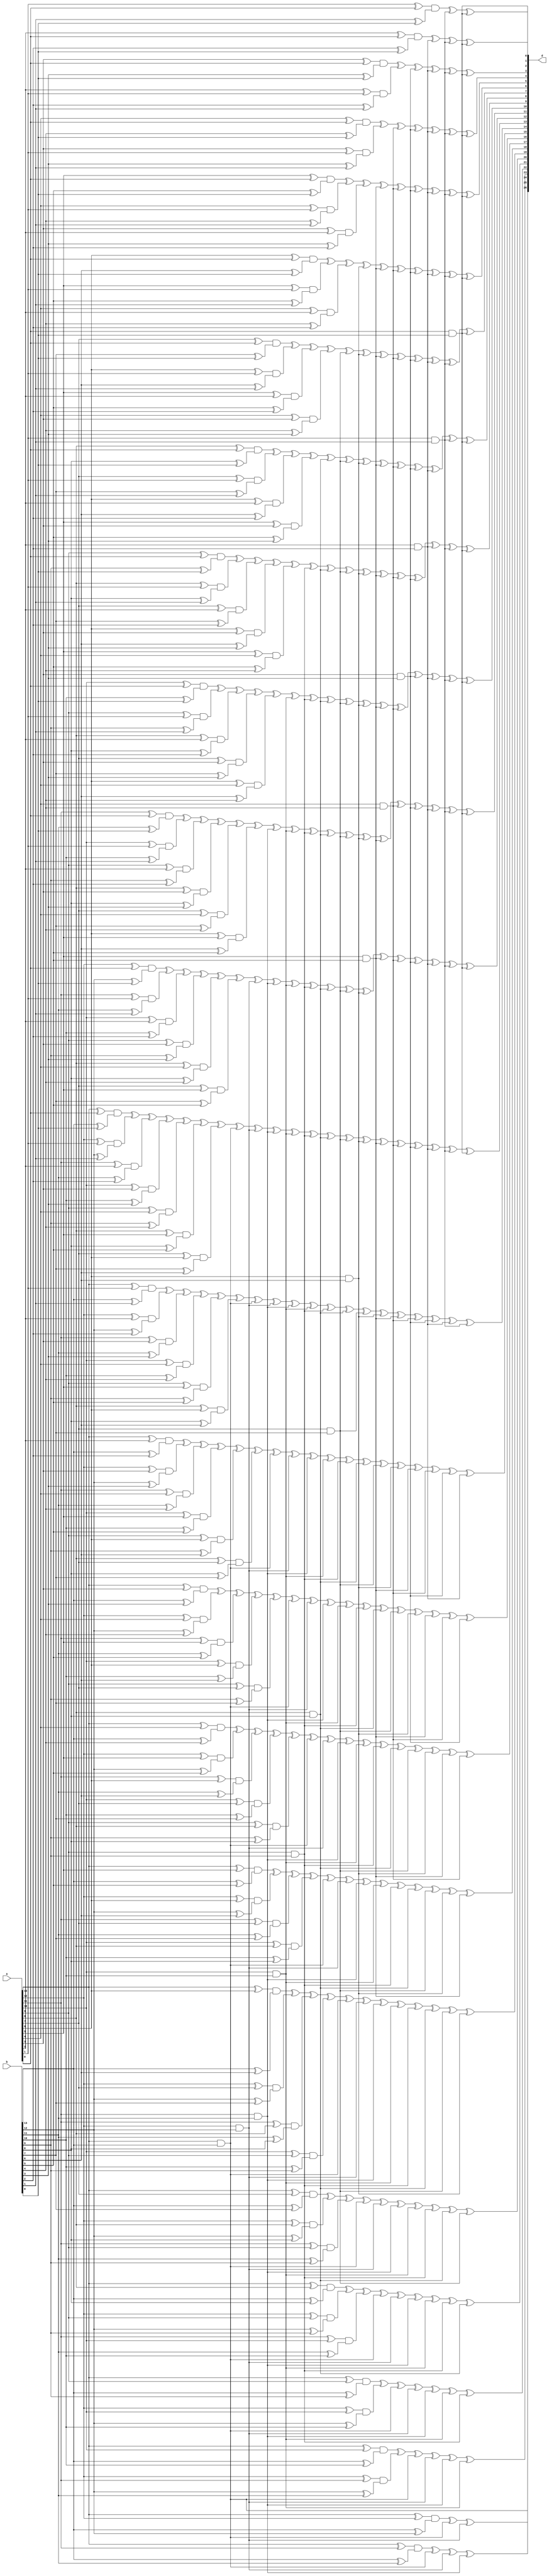
/*******************************************************
* Module Name   : Karatsuba Multiplier
* Institute     : Indian Institute of Technology, Madras
* Creation Time : 

* Comment       : Automatically generated from general.c
********************************************************/
`ifndef __KS_14_V__
`define __KS_14_V__

module ks14(a, b, d);

input wire [0:13] a;
input wire [0:13] b;
output wire [0:26] d;

wire m0, m1, m2, m3, m4, m5, m6, m7, m8, m9, m10, m11, m12, m13;
wire m0_1, m0_2, m0_3, m0_4, m0_5, m0_6, m0_7, m0_8, m0_9, m0_10, m0_11, m0_12, m0_13;
wire m1_2, m1_3, m1_4, m1_5, m1_6, m1_7, m1_8, m1_9, m1_10, m1_11, m1_12, m1_13;
wire m2_3, m2_4, m2_5, m2_6, m2_7, m2_8, m2_9, m2_10, m2_11, m2_12, m2_13;
wire m3_4, m3_5, m3_6, m3_7, m3_8, m3_9, m3_10, m3_11, m3_12, m3_13;
wire m4_5, m4_6, m4_7, m4_8, m4_9, m4_10, m4_11, m4_12, m4_13;
wire m5_6, m5_7, m5_8, m5_9, m5_10, m5_11, m5_12, m5_13;
wire m6_7, m6_8, m6_9, m6_10, m6_11, m6_12, m6_13;
wire m7_8, m7_9, m7_10, m7_11, m7_12, m7_13;
wire m8_9, m8_10, m8_11, m8_12, m8_13;
wire m9_10, m9_11, m9_12, m9_13;
wire m10_11, m10_12, m10_13;
wire m11_12, m11_13;
wire m12_13;
assign m0 = a[0] & b[0];
assign m1 = a[1] & b[1];
assign m2 = a[2] & b[2];
assign m3 = a[3] & b[3];
assign m4 = a[4] & b[4];
assign m5 = a[5] & b[5];
assign m6 = a[6] & b[6];
assign m7 = a[7] & b[7];
assign m8 = a[8] & b[8];
assign m9 = a[9] & b[9];
assign m10 = a[10] & b[10];
assign m11 = a[11] & b[11];
assign m12 = a[12] & b[12];
assign m13 = a[13] & b[13];
assign m0_1 = (a[0] ^ a[1]) & (b[0] ^ b[1]);
assign m0_2 = (a[0] ^ a[2]) & (b[0] ^ b[2]);
assign m0_3 = (a[0] ^ a[3]) & (b[0] ^ b[3]);
assign m0_4 = (a[0] ^ a[4]) & (b[0] ^ b[4]);
assign m0_5 = (a[0] ^ a[5]) & (b[0] ^ b[5]);
assign m0_6 = (a[0] ^ a[6]) & (b[0] ^ b[6]);
assign m0_7 = (a[0] ^ a[7]) & (b[0] ^ b[7]);
assign m0_8 = (a[0] ^ a[8]) & (b[0] ^ b[8]);
assign m0_9 = (a[0] ^ a[9]) & (b[0] ^ b[9]);
assign m0_10 = (a[0] ^ a[10]) & (b[0] ^ b[10]);
assign m0_11 = (a[0] ^ a[11]) & (b[0] ^ b[11]);
assign m0_12 = (a[0] ^ a[12]) & (b[0] ^ b[12]);
assign m0_13 = (a[0] ^ a[13]) & (b[0] ^ b[13]);
assign m1_2 = (a[1] ^ a[2]) & (b[1] ^ b[2]);
assign m1_3 = (a[1] ^ a[3]) & (b[1] ^ b[3]);
assign m1_4 = (a[1] ^ a[4]) & (b[1] ^ b[4]);
assign m1_5 = (a[1] ^ a[5]) & (b[1] ^ b[5]);
assign m1_6 = (a[1] ^ a[6]) & (b[1] ^ b[6]);
assign m1_7 = (a[1] ^ a[7]) & (b[1] ^ b[7]);
assign m1_8 = (a[1] ^ a[8]) & (b[1] ^ b[8]);
assign m1_9 = (a[1] ^ a[9]) & (b[1] ^ b[9]);
assign m1_10 = (a[1] ^ a[10]) & (b[1] ^ b[10]);
assign m1_11 = (a[1] ^ a[11]) & (b[1] ^ b[11]);
assign m1_12 = (a[1] ^ a[12]) & (b[1] ^ b[12]);
assign m1_13 = (a[1] ^ a[13]) & (b[1] ^ b[13]);
assign m2_3 = (a[2] ^ a[3]) & (b[2] ^ b[3]);
assign m2_4 = (a[2] ^ a[4]) & (b[2] ^ b[4]);
assign m2_5 = (a[2] ^ a[5]) & (b[2] ^ b[5]);
assign m2_6 = (a[2] ^ a[6]) & (b[2] ^ b[6]);
assign m2_7 = (a[2] ^ a[7]) & (b[2] ^ b[7]);
assign m2_8 = (a[2] ^ a[8]) & (b[2] ^ b[8]);
assign m2_9 = (a[2] ^ a[9]) & (b[2] ^ b[9]);
assign m2_10 = (a[2] ^ a[10]) & (b[2] ^ b[10]);
assign m2_11 = (a[2] ^ a[11]) & (b[2] ^ b[11]);
assign m2_12 = (a[2] ^ a[12]) & (b[2] ^ b[12]);
assign m2_13 = (a[2] ^ a[13]) & (b[2] ^ b[13]);
assign m3_4 = (a[3] ^ a[4]) & (b[3] ^ b[4]);
assign m3_5 = (a[3] ^ a[5]) & (b[3] ^ b[5]);
assign m3_6 = (a[3] ^ a[6]) & (b[3] ^ b[6]);
assign m3_7 = (a[3] ^ a[7]) & (b[3] ^ b[7]);
assign m3_8 = (a[3] ^ a[8]) & (b[3] ^ b[8]);
assign m3_9 = (a[3] ^ a[9]) & (b[3] ^ b[9]);
assign m3_10 = (a[3] ^ a[10]) & (b[3] ^ b[10]);
assign m3_11 = (a[3] ^ a[11]) & (b[3] ^ b[11]);
assign m3_12 = (a[3] ^ a[12]) & (b[3] ^ b[12]);
assign m3_13 = (a[3] ^ a[13]) & (b[3] ^ b[13]);
assign m4_5 = (a[4] ^ a[5]) & (b[4] ^ b[5]);
assign m4_6 = (a[4] ^ a[6]) & (b[4] ^ b[6]);
assign m4_7 = (a[4] ^ a[7]) & (b[4] ^ b[7]);
assign m4_8 = (a[4] ^ a[8]) & (b[4] ^ b[8]);
assign m4_9 = (a[4] ^ a[9]) & (b[4] ^ b[9]);
assign m4_10 = (a[4] ^ a[10]) & (b[4] ^ b[10]);
assign m4_11 = (a[4] ^ a[11]) & (b[4] ^ b[11]);
assign m4_12 = (a[4] ^ a[12]) & (b[4] ^ b[12]);
assign m4_13 = (a[4] ^ a[13]) & (b[4] ^ b[13]);
assign m5_6 = (a[5] ^ a[6]) & (b[5] ^ b[6]);
assign m5_7 = (a[5] ^ a[7]) & (b[5] ^ b[7]);
assign m5_8 = (a[5] ^ a[8]) & (b[5] ^ b[8]);
assign m5_9 = (a[5] ^ a[9]) & (b[5] ^ b[9]);
assign m5_10 = (a[5] ^ a[10]) & (b[5] ^ b[10]);
assign m5_11 = (a[5] ^ a[11]) & (b[5] ^ b[11]);
assign m5_12 = (a[5] ^ a[12]) & (b[5] ^ b[12]);
assign m5_13 = (a[5] ^ a[13]) & (b[5] ^ b[13]);
assign m6_7 = (a[6] ^ a[7]) & (b[6] ^ b[7]);
assign m6_8 = (a[6] ^ a[8]) & (b[6] ^ b[8]);
assign m6_9 = (a[6] ^ a[9]) & (b[6] ^ b[9]);
assign m6_10 = (a[6] ^ a[10]) & (b[6] ^ b[10]);
assign m6_11 = (a[6] ^ a[11]) & (b[6] ^ b[11]);
assign m6_12 = (a[6] ^ a[12]) & (b[6] ^ b[12]);
assign m6_13 = (a[6] ^ a[13]) & (b[6] ^ b[13]);
assign m7_8 = (a[7] ^ a[8]) & (b[7] ^ b[8]);
assign m7_9 = (a[7] ^ a[9]) & (b[7] ^ b[9]);
assign m7_10 = (a[7] ^ a[10]) & (b[7] ^ b[10]);
assign m7_11 = (a[7] ^ a[11]) & (b[7] ^ b[11]);
assign m7_12 = (a[7] ^ a[12]) & (b[7] ^ b[12]);
assign m7_13 = (a[7] ^ a[13]) & (b[7] ^ b[13]);
assign m8_9 = (a[8] ^ a[9]) & (b[8] ^ b[9]);
assign m8_10 = (a[8] ^ a[10]) & (b[8] ^ b[10]);
assign m8_11 = (a[8] ^ a[11]) & (b[8] ^ b[11]);
assign m8_12 = (a[8] ^ a[12]) & (b[8] ^ b[12]);
assign m8_13 = (a[8] ^ a[13]) & (b[8] ^ b[13]);
assign m9_10 = (a[9] ^ a[10]) & (b[9] ^ b[10]);
assign m9_11 = (a[9] ^ a[11]) & (b[9] ^ b[11]);
assign m9_12 = (a[9] ^ a[12]) & (b[9] ^ b[12]);
assign m9_13 = (a[9] ^ a[13]) & (b[9] ^ b[13]);
assign m10_11 = (a[10] ^ a[11]) & (b[10] ^ b[11]);
assign m10_12 = (a[10] ^ a[12]) & (b[10] ^ b[12]);
assign m10_13 = (a[10] ^ a[13]) & (b[10] ^ b[13]);
assign m11_12 = (a[11] ^ a[12]) & (b[11] ^ b[12]);
assign m11_13 = (a[11] ^ a[13]) & (b[11] ^ b[13]);
assign m12_13 = (a[12] ^ a[13]) & (b[12] ^ b[13]);
assign d[0] = m0;
assign d[1] = m0_1 ^ m0 ^ m1;
assign d[2] = m0_2 ^ m0 ^ m1 ^ m2;
assign d[3] = m0_3 ^ m1_2 ^ m0 ^ m1 ^ m2 ^ m3;
assign d[4] = m0_4 ^ m1_3 ^ m0 ^ m1 ^ m2 ^ m3 ^ m4;
assign d[5] = m0_5 ^ m1_4 ^ m2_3 ^ m0 ^ m1 ^ m2 ^ m3 ^ m4 ^ m5;
assign d[6] = m0_6 ^ m1_5 ^ m2_4 ^ m0 ^ m1 ^ m2 ^ m3 ^ m4 ^ m5 ^ m6;
assign d[7] = m0_7 ^ m1_6 ^ m2_5 ^ m3_4 ^ m0 ^ m1 ^ m2 ^ m3 ^ m4 ^ m5 ^ m6 ^ m7;
assign d[8] = m0_8 ^ m1_7 ^ m2_6 ^ m3_5 ^ m0 ^ m1 ^ m2 ^ m3 ^ m4 ^ m5 ^ m6 ^ m7 ^ m8;
assign d[9] = m0_9 ^ m1_8 ^ m2_7 ^ m3_6 ^ m4_5 ^ m0 ^ m1 ^ m2 ^ m3 ^ m4 ^ m5 ^ m6 ^ m7 ^ m8 ^ m9;
assign d[10] = m0_10 ^ m1_9 ^ m2_8 ^ m3_7 ^ m4_6 ^ m0 ^ m1 ^ m2 ^ m3 ^ m4 ^ m5 ^ m6 ^ m7 ^ m8 ^ m9 ^ m10;
assign d[11] = m0_11 ^ m1_10 ^ m2_9 ^ m3_8 ^ m4_7 ^ m5_6 ^ m0 ^ m1 ^ m2 ^ m3 ^ m4 ^ m5 ^ m6 ^ m7 ^ m8 ^ m9 ^ m10 ^ m11;
assign d[12] = m0_12 ^ m1_11 ^ m2_10 ^ m3_9 ^ m4_8 ^ m5_7 ^ m0 ^ m1 ^ m2 ^ m3 ^ m4 ^ m5 ^ m6 ^ m7 ^ m8 ^ m9 ^ m10 ^ m11 ^ m12;
assign d[13] = m0_13 ^ m1_12 ^ m2_11 ^ m3_10 ^ m4_9 ^ m5_8 ^ m6_7 ^ m0 ^ m1 ^ m2 ^ m3 ^ m4 ^ m5 ^ m6 ^ m7 ^ m8 ^ m9 ^ m10 ^ m11 ^ m12 ^ m13;
assign d[14] = m1_13 ^ m2_12 ^ m3_11 ^ m4_10 ^ m5_9 ^ m6_8 ^ m1 ^ m2 ^ m3 ^ m4 ^ m5 ^ m6 ^ m7 ^ m8 ^ m9 ^ m10 ^ m11 ^ m12 ^ m13;
assign d[15] = m2_13 ^ m3_12 ^ m4_11 ^ m5_10 ^ m6_9 ^ m7_8 ^ m2 ^ m3 ^ m4 ^ m5 ^ m6 ^ m7 ^ m8 ^ m9 ^ m10 ^ m11 ^ m12 ^ m13;
assign d[16] = m3_13 ^ m4_12 ^ m5_11 ^ m6_10 ^ m7_9 ^ m3 ^ m4 ^ m5 ^ m6 ^ m7 ^ m8 ^ m9 ^ m10 ^ m11 ^ m12 ^ m13;
assign d[17] = m4_13 ^ m5_12 ^ m6_11 ^ m7_10 ^ m8_9 ^ m4 ^ m5 ^ m6 ^ m7 ^ m8 ^ m9 ^ m10 ^ m11 ^ m12 ^ m13;
assign d[18] = m5_13 ^ m6_12 ^ m7_11 ^ m8_10 ^ m5 ^ m6 ^ m7 ^ m8 ^ m9 ^ m10 ^ m11 ^ m12 ^ m13;
assign d[19] = m6_13 ^ m7_12 ^ m8_11 ^ m9_10 ^ m6 ^ m7 ^ m8 ^ m9 ^ m10 ^ m11 ^ m12 ^ m13;
assign d[20] = m7_13 ^ m8_12 ^ m9_11 ^ m7 ^ m8 ^ m9 ^ m10 ^ m11 ^ m12 ^ m13;
assign d[21] = m8_13 ^ m9_12 ^ m10_11 ^ m8 ^ m9 ^ m10 ^ m11 ^ m12 ^ m13;
assign d[22] = m9_13 ^ m10_12 ^ m9 ^ m10 ^ m11 ^ m12 ^ m13;
assign d[23] = m10_13 ^ m11_12 ^ m10 ^ m11 ^ m12 ^ m13;
assign d[24] = m11_13 ^ m11 ^ m12 ^ m13;
assign d[25] = m12_13 ^ m12 ^ m13;
assign d[26] = m13;
endmodule
`endif